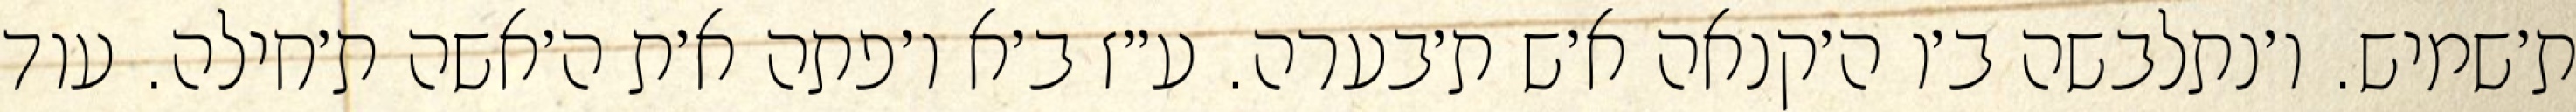
ת׳שמיש. ו׳נתלבשה ב׳ו ה׳קנאה א׳ש ת׳בערה. ע״ז ב׳א ו׳פתה א׳ת ה׳אשה ת׳חילה. עוד